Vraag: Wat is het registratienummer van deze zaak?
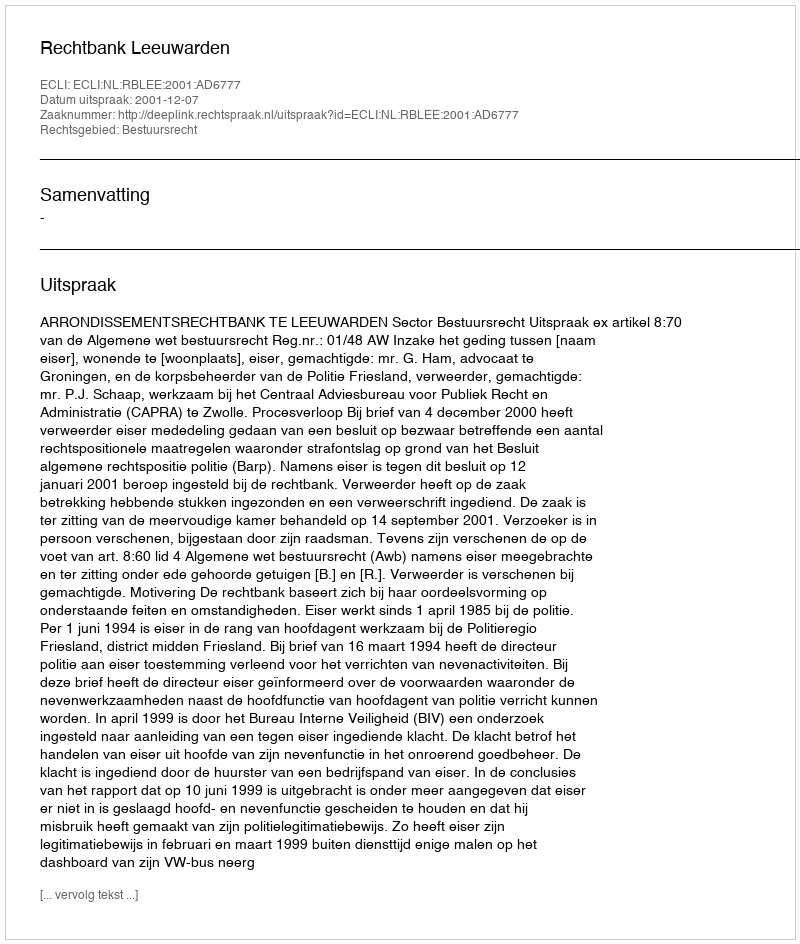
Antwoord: http://deeplink.rechtspraak.nl/uitspraak?id=ECLI:NL:RBLEE:2001:AD6777